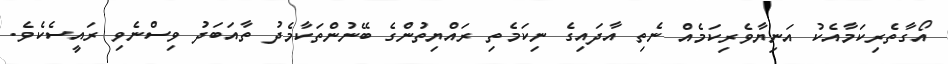
އޯގާތެރިކަމާއެކު އަނިޔާވެރިކަމެއް ނެތި އާދައިގެ ނިކަމެތި ރައްޔިތުންގެ ބޭނުންތަކާމެދު ތާއަބަދު ވިސްނެވި ރައީސެކެވެ.